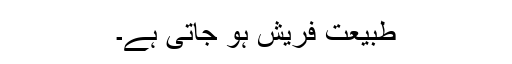
طبیعت فریش ہو جاتی ہے۔